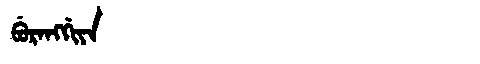
Manchu: ᠪᡠᡵᠠᠩᡤᡳᠶᠠ
Romanization: BURANGGIYA